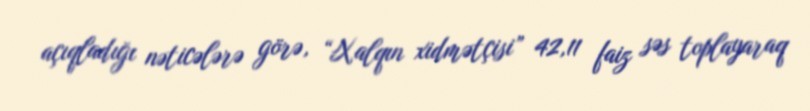
açıqladığı nəticələrə görə, “Xalqın xidmətçisi” 42,11 faiz səs toplayaraq